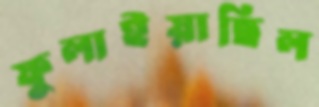
ফুলাইয়াছিল